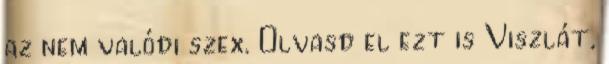
az nem valódi szex. Olvasd el ezt is Viszlát,